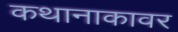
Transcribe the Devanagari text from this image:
कथानाकावर